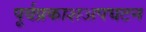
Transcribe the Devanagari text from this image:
पूर्वप्रकाशअपघटन